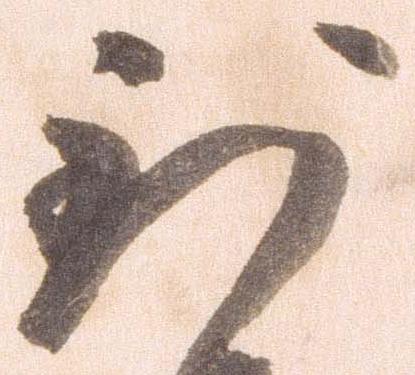
到